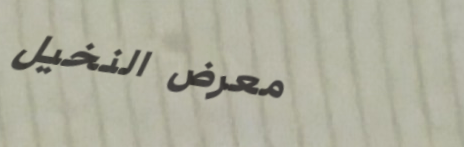
معرض النخيل